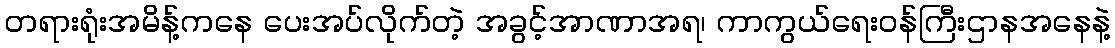
တရားရုံးအမိန့်ကနေ ပေးအပ်လိုက်တဲ့ အခွင့်အာဏာအရ၊ ကာကွယ်ရေးဝန်ကြီးဌာနအနေနဲ့